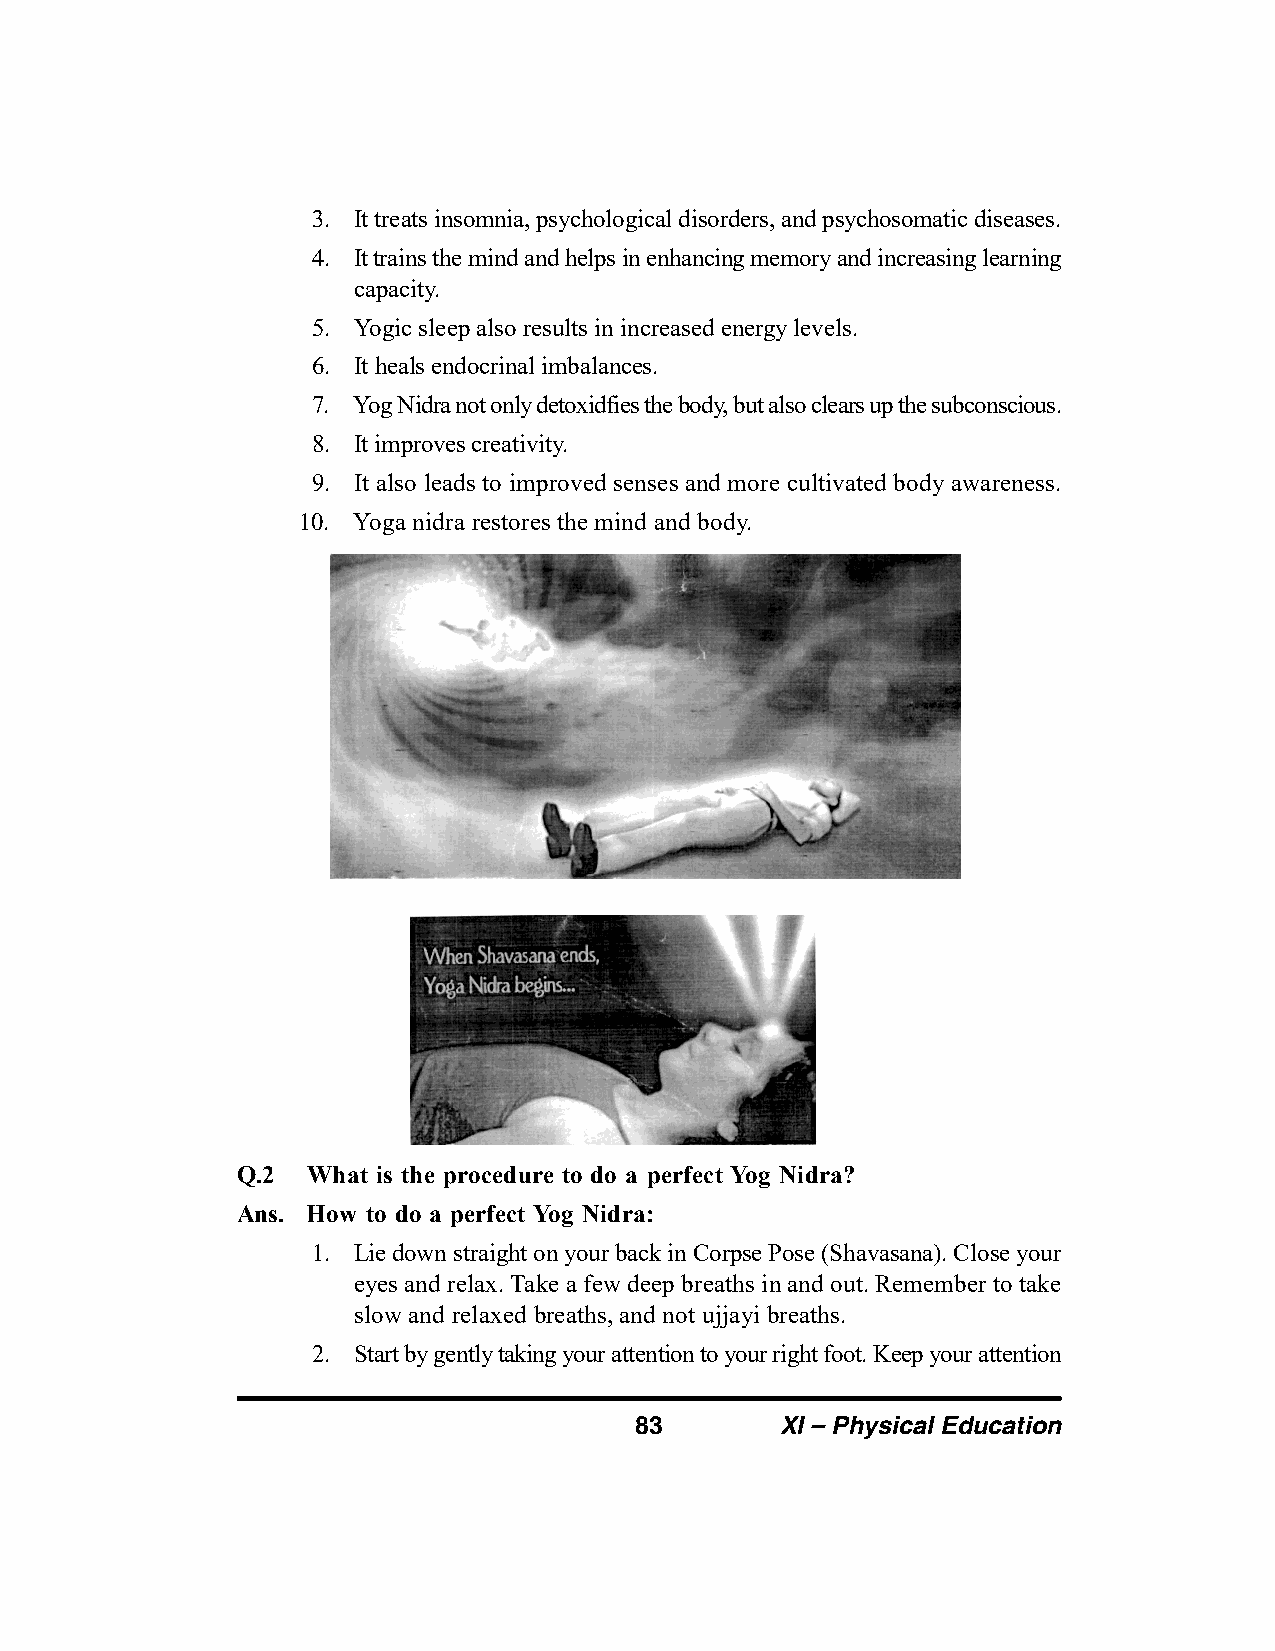
3. It treats insomnia, psychological disorders, and psychosomatic diseases.
 4. It trains the mind and helps in enhancing memory and increasing learning
 capacity.
 5. Yogic sleep also results in increased energy levels.
 6. It heals endocrinal imbalances.
 7. Yog Nidra not only detoxidfies the body, but also clears up the subconscious.
 8. It improves creativity.
 9. It also leads to improved senses and more cultivated body awareness.
 10. Yoga nidra restores the mind and body.
 Q.2 What is the procedure to do a perfect Yog Nidra?
 Ans. How to do a perfect Yog Nidra:
 1. Lie down straight on your back in Corpse Pose (Shavasana). Close your
 eyes and relax. Take a few deep breaths in and out. Remember to take
 slow and relaxed breaths, and not ujjayi breaths.
 2. Start by gently taking your attention to your right foot. Keep your attention
 83        XI – Physical Education